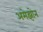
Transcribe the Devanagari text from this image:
अमेझोन